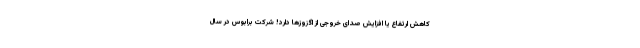
کاهش ارتفاع یا افزایش صدای خروجی از اگزوزها دارد! شرکت برابوس در سال